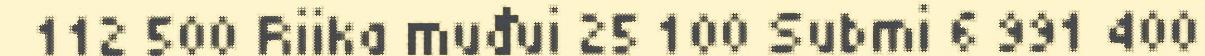
112 500 Riika muđui 25 100 Submi 6 991 400